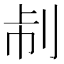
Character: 𠛯